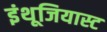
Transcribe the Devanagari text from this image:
इंथूजियास्ट